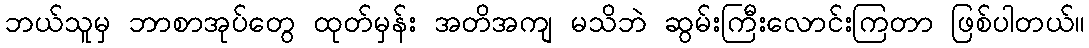
ဘယ်သူမှ ဘာစာအုပ်တွေ ထုတ်မှန်း အတိအကျ မသိဘဲ ဆွမ်းကြီးလောင်းကြတာ ဖြစ်ပါတယ်။